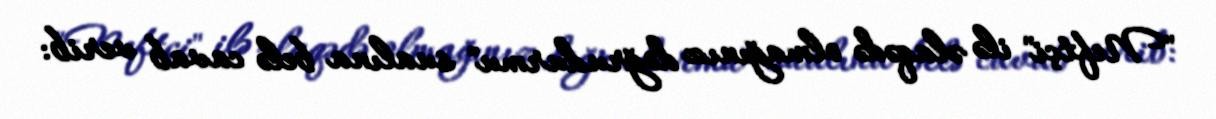
"Neftçi" ilə əlaqədə olmağınız doğrudurmu" sualına belə cavab verib: